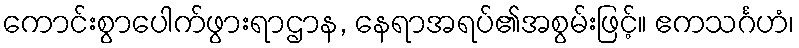
ကောင်းစွာပေါက်ဖွားရာဌာန, နေရာအရပ်၏အစွမ်းဖြင့်။ ဧကသင်္ဂဟံ၊